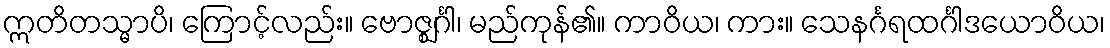
ဣတိတသ္မာပိ၊ ကြောင့်လည်း။ ဗောဇ္ဈင်္ဂါ၊ မည်ကုန်၏။ ကာဝိယ၊ ကား။ သေနင်္ဂရထင်္ဂါဒယောဝိယ၊